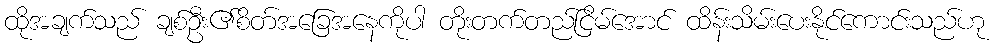
ထိုအချက်သည် ချစ်ဦး၏စိတ်အခြေအနေကိုပါ တိုးတက်တည်ငြိမ်အောင် ထိန်းသိမ်းပေးနိုင်ကောင်းသည်ဟု